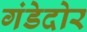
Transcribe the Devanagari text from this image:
गंडेदोर